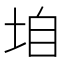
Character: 垍